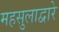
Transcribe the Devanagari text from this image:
महसुलाद्वारे